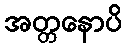
အတ္တနောပိ